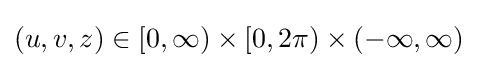
(u,v,z)\in [0,\infty )\times [0,2\pi )\times (-\infty ,\infty )